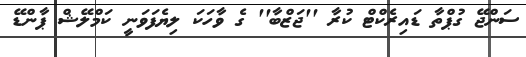
ސަންޖޭ ގުޕްތާ ޑައިރެކްޓް ކުރާ ''ޖަޒްބާ'' ގެ ވާހަކަ ލިޔެފަވަނީ ކަމްލޭޝް ޕާންޑޭ